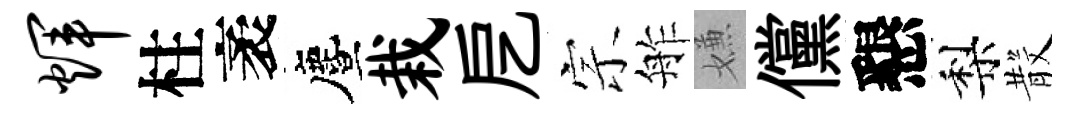
辉柱袤󵨌栽戹宗舴嫌儻懇梨𣪚